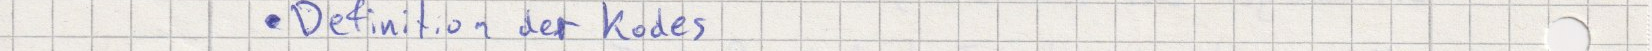
Definition der Kodes